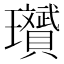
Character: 𪼱